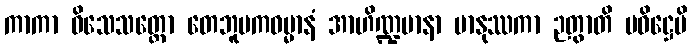
ကာကာ ဝိသေသတ္ထော တေဘူမကဓမ္မာနံ အာဟိဏ္ဍမာနာ မာနုဿကာ ဉတွာတိ ပဝိဋ္ဌေပိ